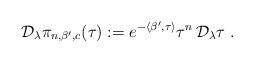
LaTeX: \begin{align*}\mathcal{D}_\lambda\pi_{n,\beta',c}(\tau) :=e^{-\langle \beta',\tau\rangle}\tau^n\,\mathcal{D}_\lambda\tau\;.\end{align*}